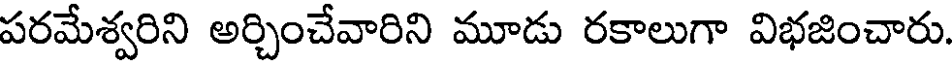
పరమేశ్వరిని అర్చించేవారిని మూడు రకాలుగా విభజించారు.